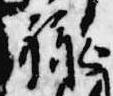
禄